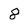
Character: 8